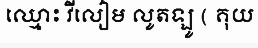
ឈ្មោះ វីលៀម លូតឡូ ( គុយ